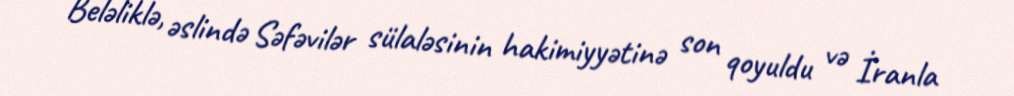
Beləliklə, əslində Səfəvilər sülaləsinin hakimiyyətinə son qoyuldu və İranla